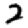
Digit: 2